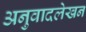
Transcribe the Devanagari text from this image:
अनुवादलेखन